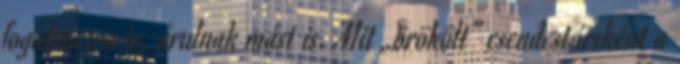
fogalmazva is, árulnak mást is. Mit „örökölt” csendestársként a